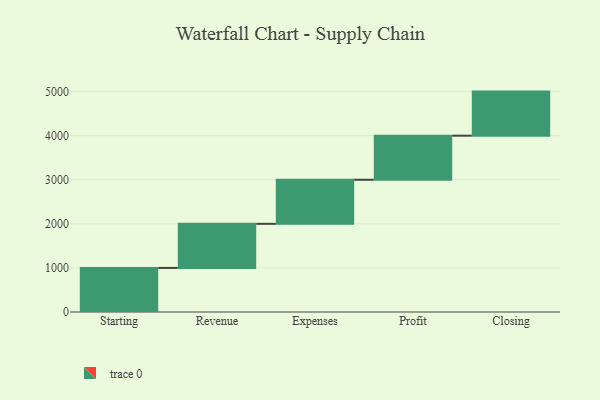
{"axis": {"x": "Step", "y": "Value"}, "legend": [""], "data": [{"x": "Starting", "y": 1000, "type": ""}, {"x": "Revenue", "y": 1000, "type": ""}, {"x": "Expenses", "y": 1000, "type": ""}, {"x": "Profit", "y": 1000, "type": ""}, {"x": "Closing", "y": 1000, "type": ""}]}